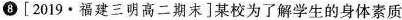
8 [2019·福建三明高二期末]某校为了解学生的身体素质